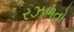
રઝળતો